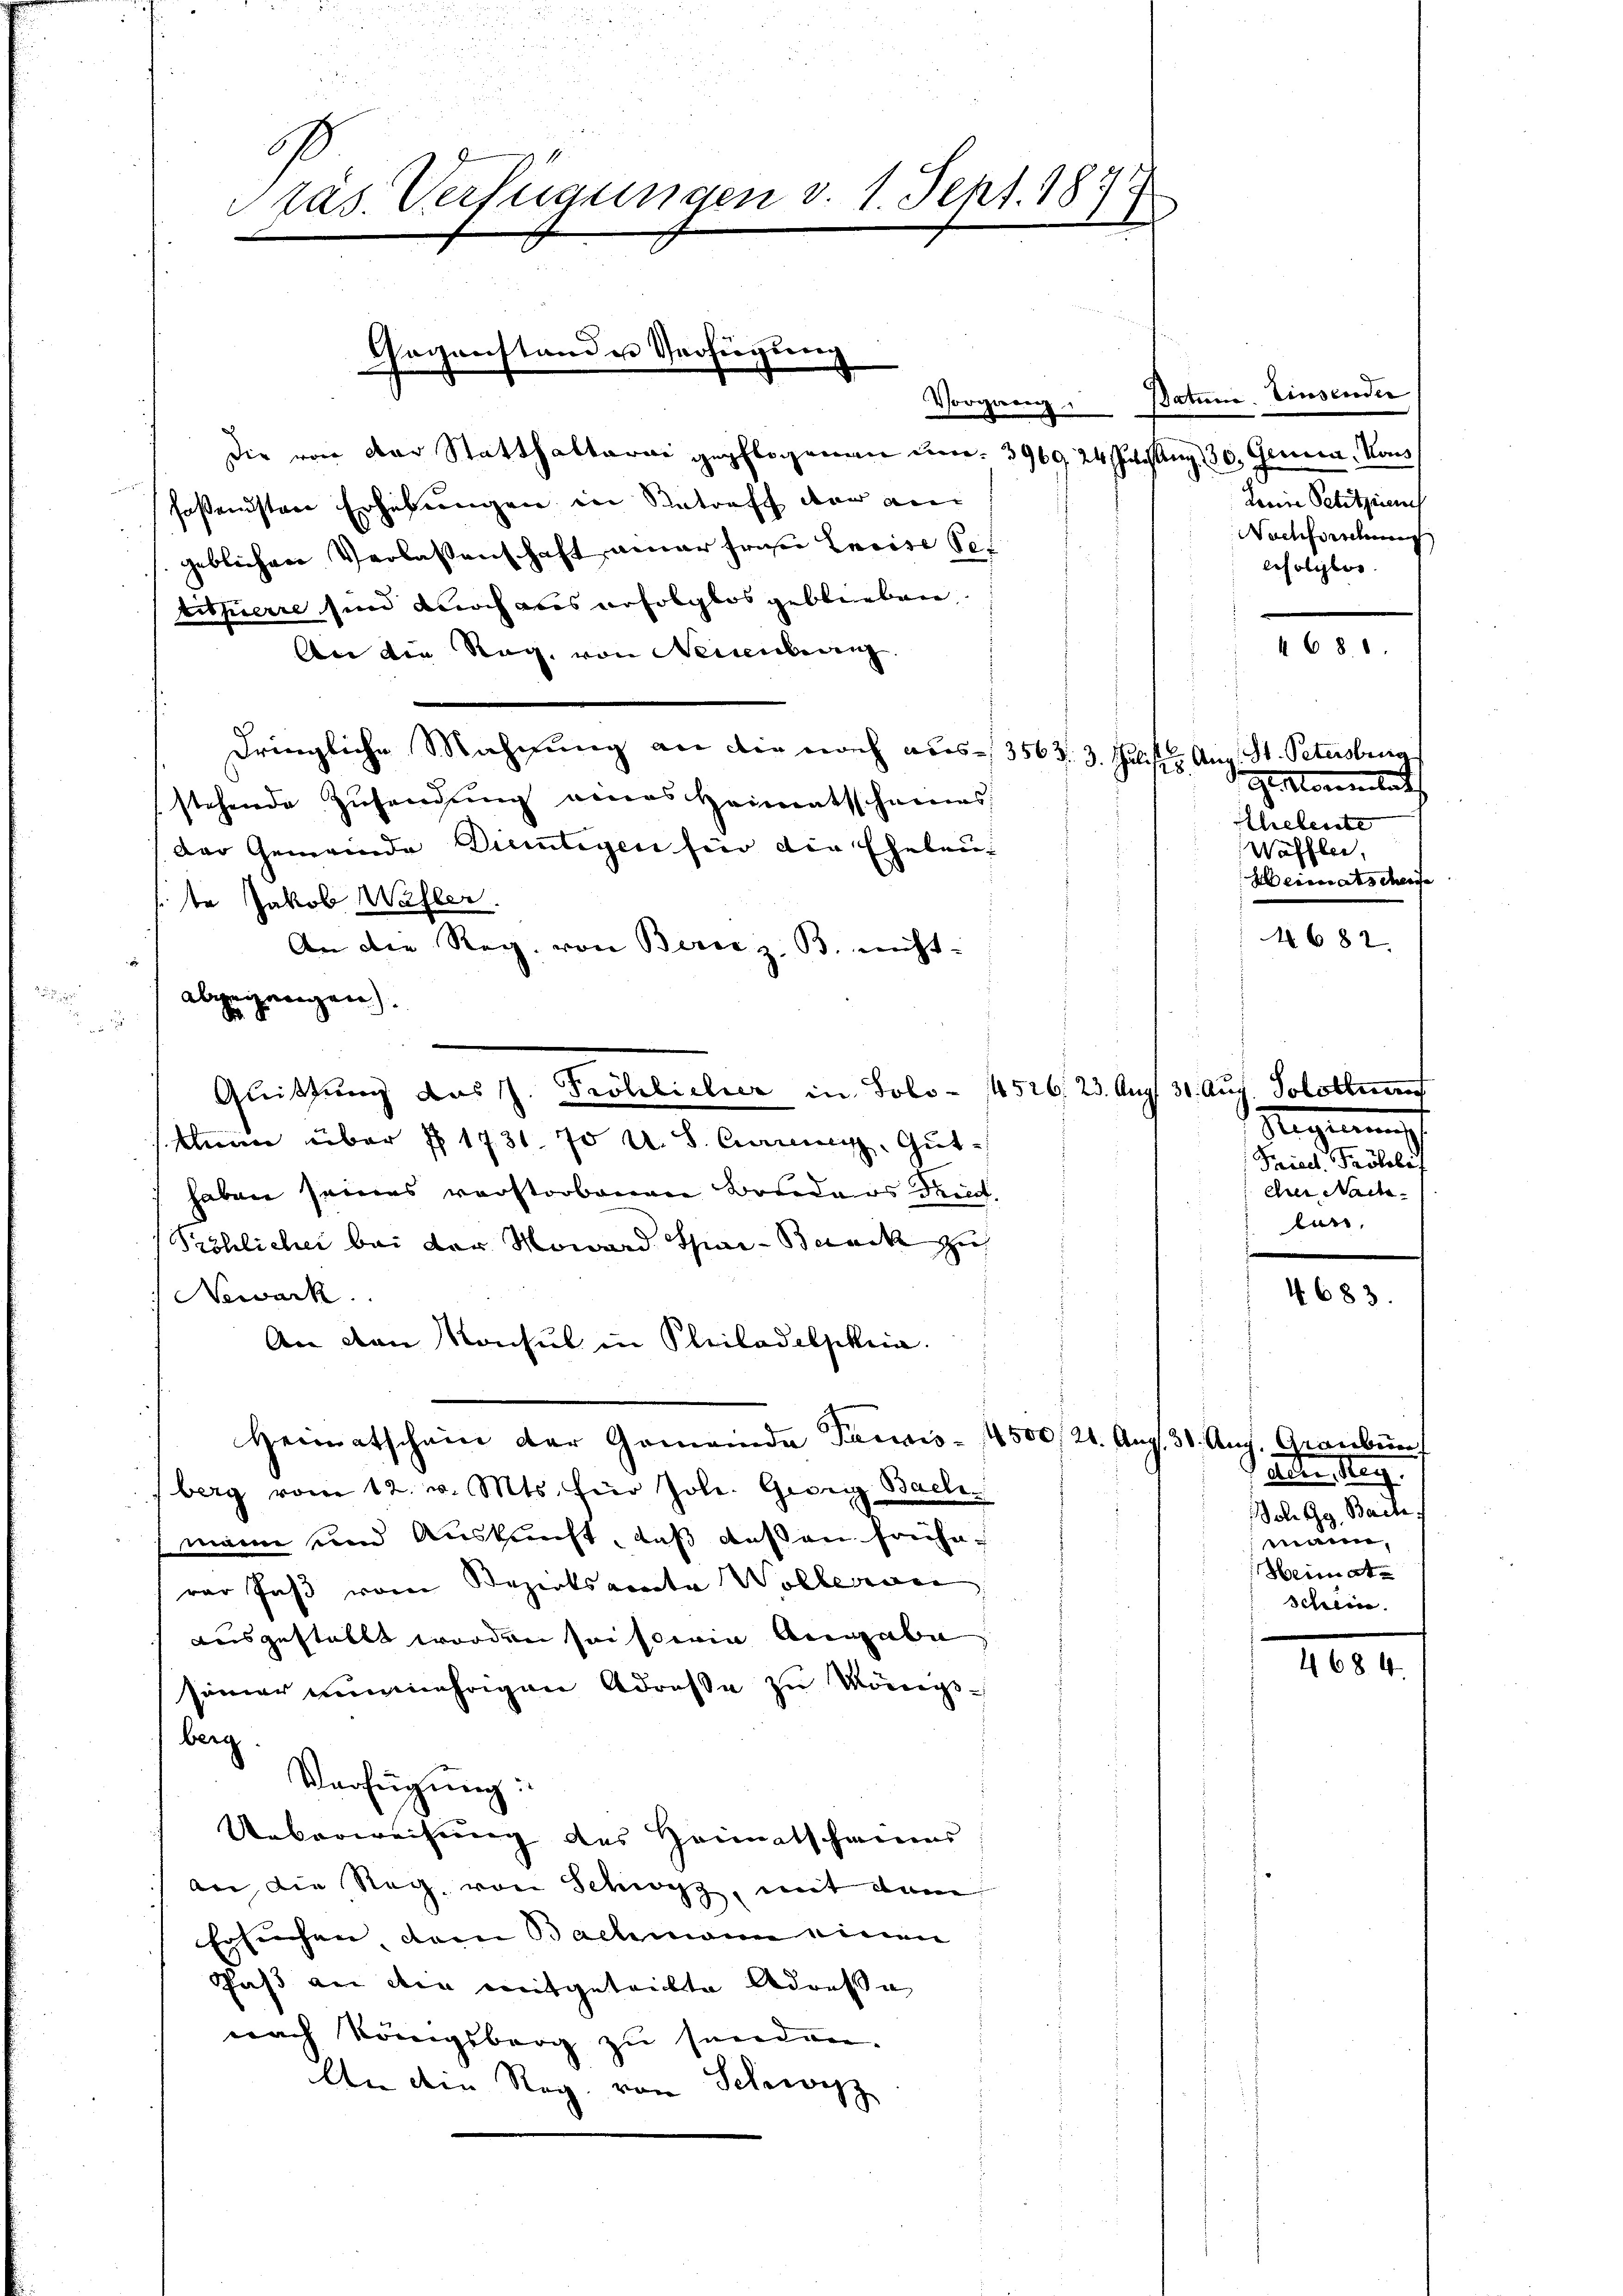
2

d
Präs. Verfügungen v. 1. Sept. 1879

geblichen Verlassenschaft einer früher Lavise Setitherre sind auch aus erfolglos geblieben
te Jakob Waller.
abgegangen).
Quittung das J. Fröhlicher in Solo- 4526, 23. Aug. 31. Aug. Solothu
kann über § 1731. 70 u. S. Carm. Guthaben seines verstorbenen Bruders dem
Pröhlicher bei der Monard Spai- Baack zu
Newark.
An den Konsul in Philadelphia
Heimatschein der Gemeinde Pensis 4500, 21. Aŭg. 31. Aŭg. Graubün
berg vom 12. v. Mts. für Joh. Georg Bachmann und Auskunft, daß dessen früherar fast vom Bezirksvorta Wollerive
ausgestellt worden sei sowie Angabe,
seiner nunmehrigen Adresse zu Königs-
berg.
Verfügung:
Ueberweisung des Heimatscheines
an, die Reg von Schwyz, mit dem
Ersuchen, dem Bachmann einen
Paß an die mitgeteilte Adresse
nach Königsberg zu senden.
An dem Reg. von Schwyz

Goganstand u Verfügung
Die von der Statthalterai gepflogenen um. 3969, 24 Juchang, 30. Genica, Kons
fostensten Erhebungen in Retraff den an

An die Reg. von Neinenberg

dringliche Mahnung an die noch aus 3563. 3. Julis u. Aug. St. Petersburg
stehende Zusendung eines Heimatsscheines:
Der Gemeinde Dietigen für die Eheleu¬

An die Reg. von Berne z. B. nicht.

Vorgang. Batine. Einsender
Herrn Petitzin
Nachforschung
lefolglos.

468.

Herkomentat
Eheleute
Wäffler,
Heiter als charge

68

s
dern eine
Auer Nachlan.

4683.

anten Mag.
Joh Gg. Bach:
man,
Heimat
Schein.

4684